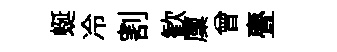
蜒冷割歓廩曾亹